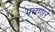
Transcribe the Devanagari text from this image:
पचणारे